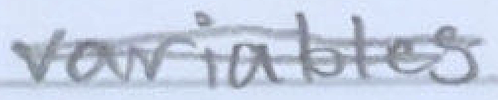
Text: variables
Cross-out: double-line
Writing tool: pencil